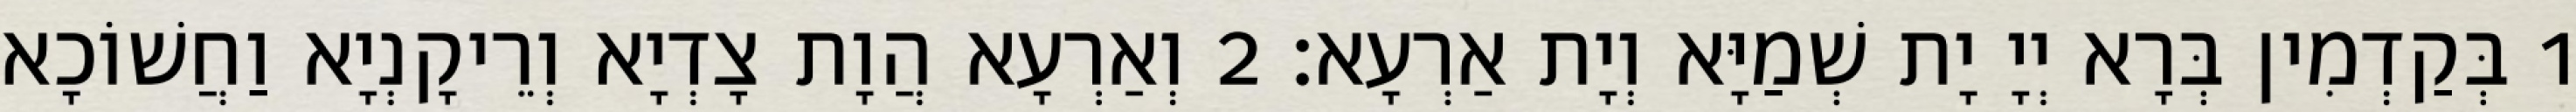
1 בְּקַדְמִין בְּרָא יְיָ יָת שְׁמַיָּא וְיָת אַרְעָא׃ 2 וְאַרְעָא הֲוָת צָדְיָא וְרֵיקָנְיָא וַחֲשׁוֹכָא